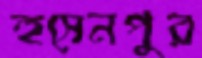
হুসেনপুর